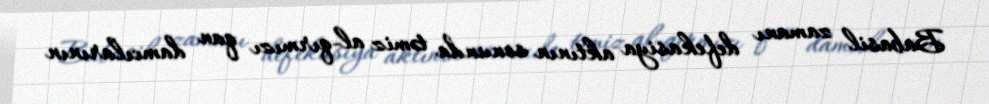
Babasil zamanı defekasiya aktının sonunda təmiz al-qırmızı qan damcılarının